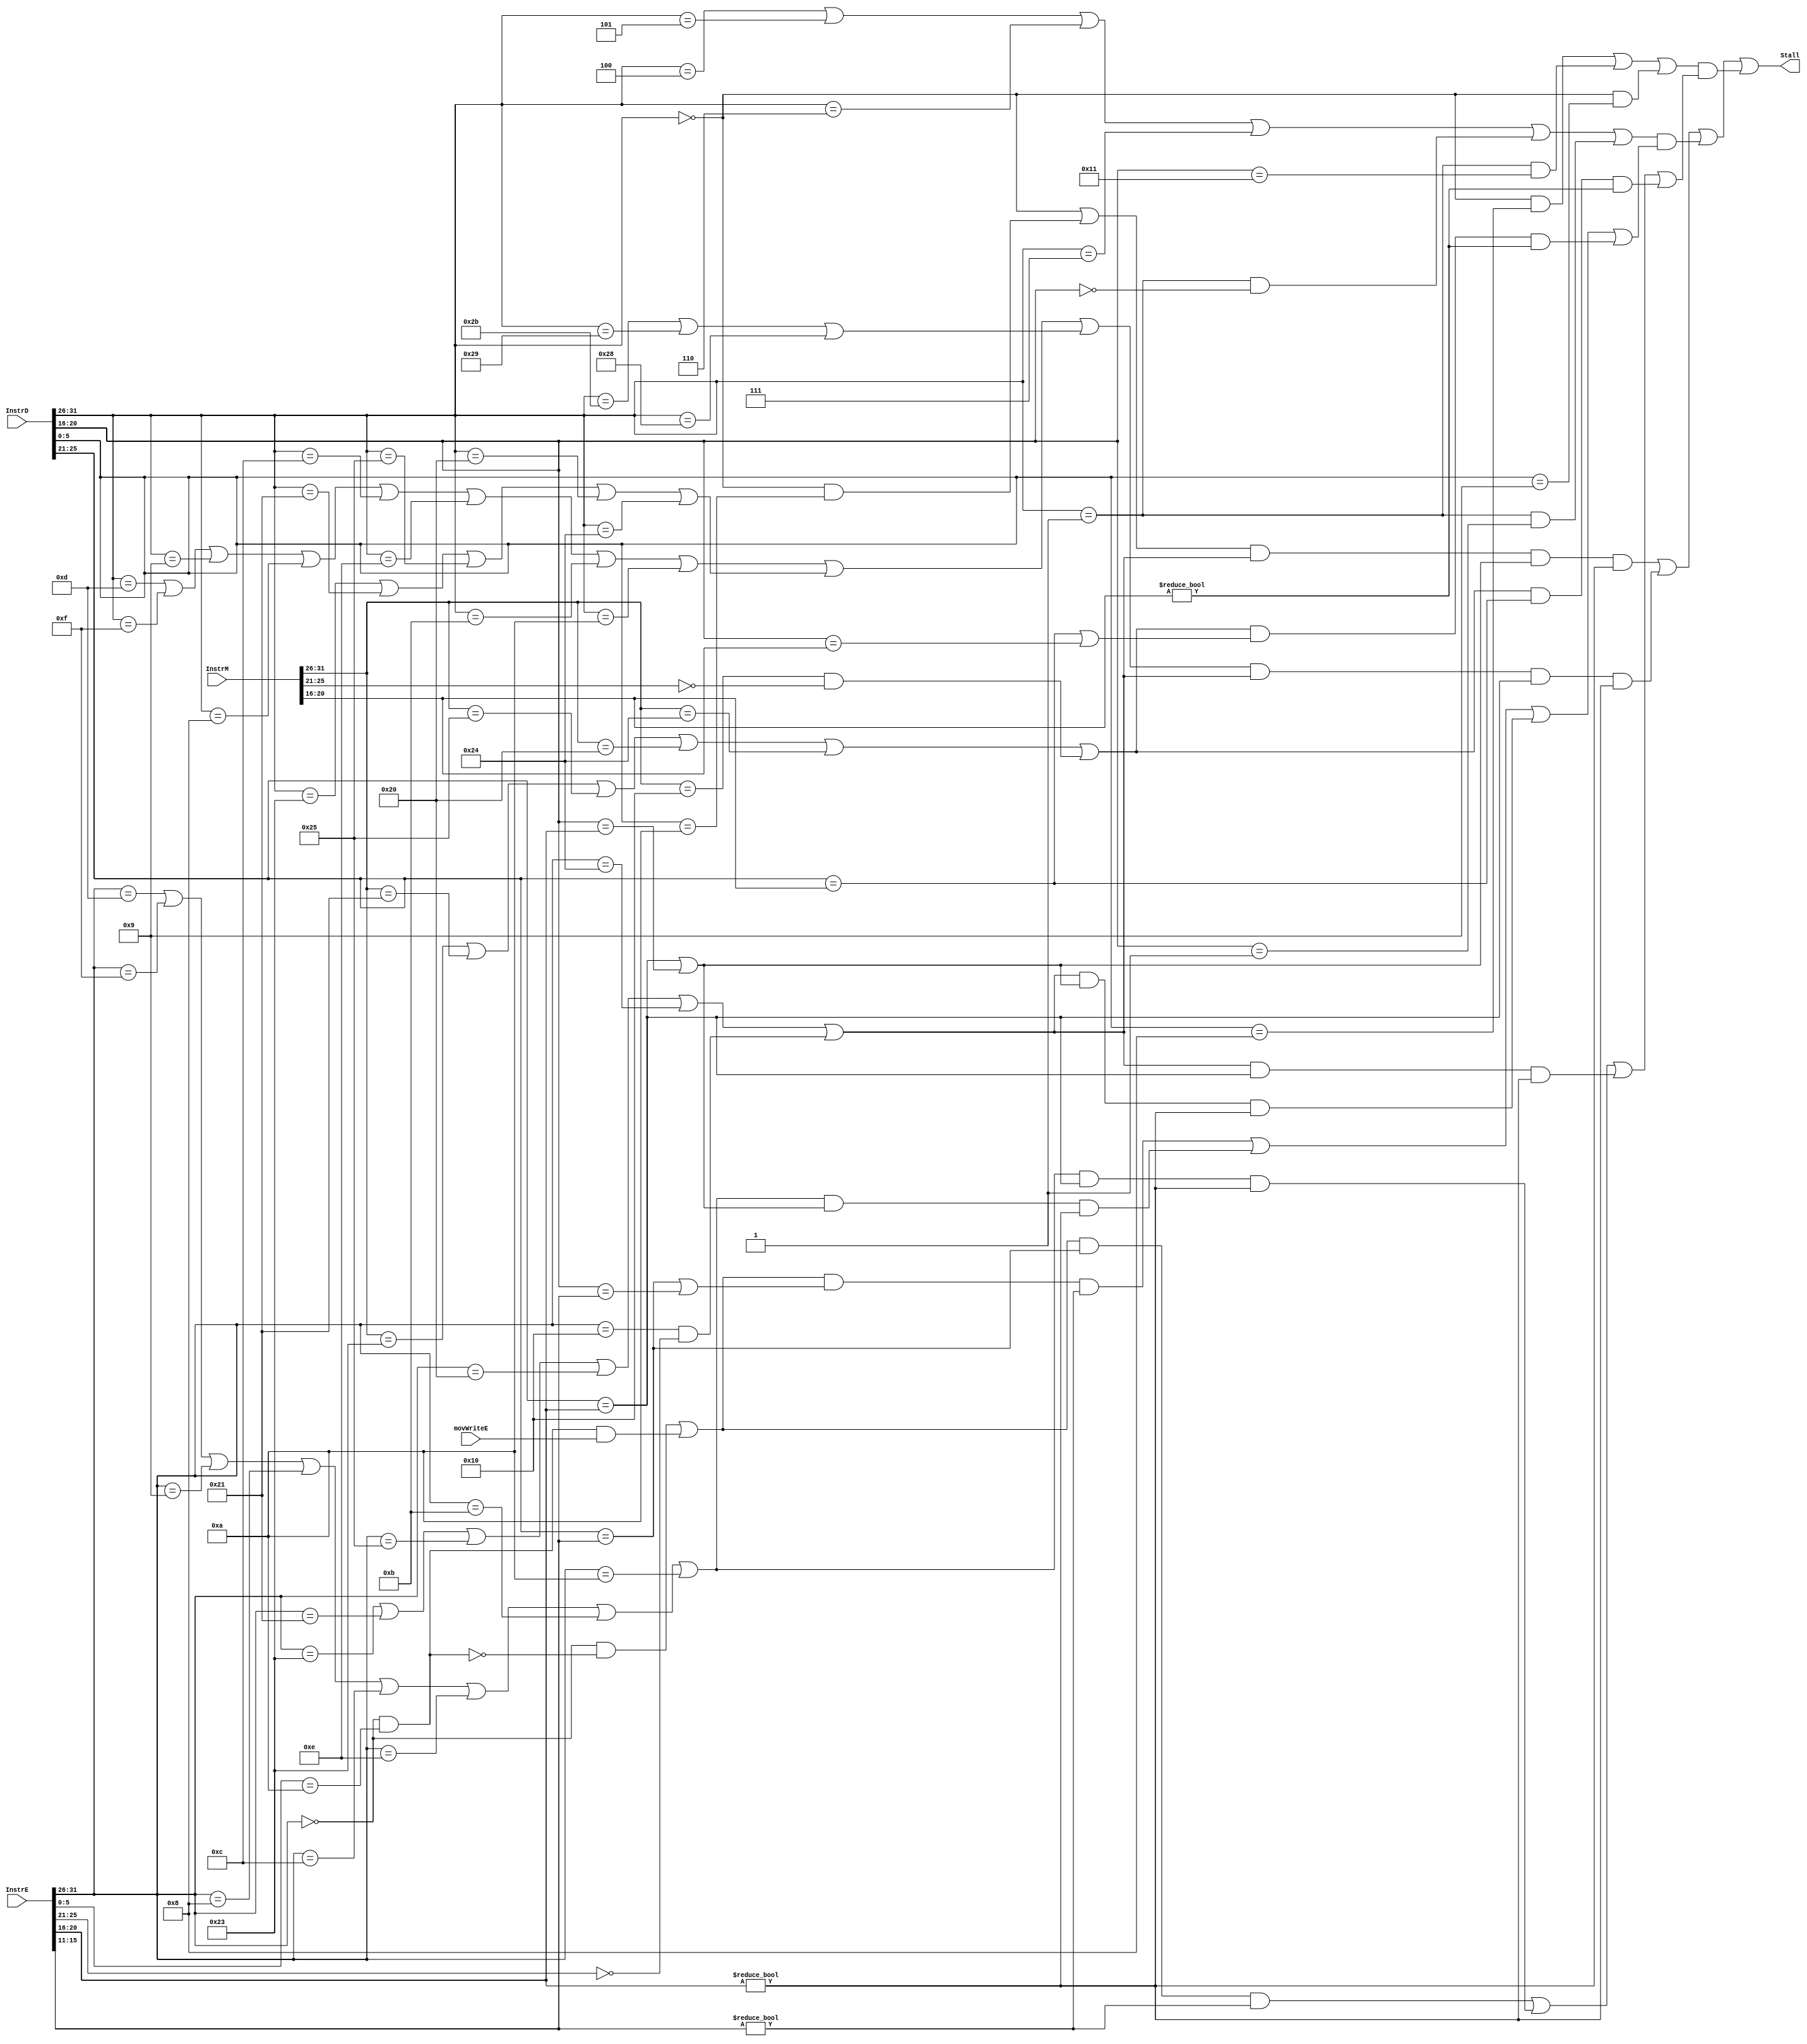
`timescale 1ns / 1ps
//////////////////////////////////////////////////////////////////////////////////
// Company: 
// Engineer: 
// 
// Design Name: 
// Module Name:    Stall 
// Project Name: 
// Target Devices: 
// Tool versions: 
// Description: 
//
// Dependencies: 
//
// Revision: 
// Revision 0.01 - File Created
// Additional Comments: 
//
//////////////////////////////////////////////////////////////////////////////////
`define op 31:26
`define rs 25:21
`define rt 20:16
`define rd 15:11
`define func 5:0
module Stall(
	 input  [31:0] InstrD,         //ID
	 input  [31:0] InstrE,         //EX
	 input  movWriteE,
	 input  [31:0] InstrM,         //MEM
	 output  Stall                 //PC,IF/ID,ID/EX
    );
	 
	 //
	 wire cal_r_D,cal_i_D,un_b_D,con_b_D,con_m_D,load_D,store_D,jalr_D,jr_D, //GRF
			cal_r_E,cal_i_E,con_m_E,load_E, //EX,MEM 
			load_M;
			
	 //
	 wire stall_rsrt1,stall_rs1,stall_rsrt0,stall_rs0;
	 
	 //,
	 wire write_rd_E,write_rt1_E,write_rt2_E,
			write_rt_M;
			
	 //IF/ID,
	 wire use_rsrt_0,use_rsrt_1,use_rs_0,use_rs_1;
			
	 //Op
	 parameter R     = 6'b000_000,       //R = 000_000
				  lui   = 6'b001_111,       //lui = 001_111
				  ori   = 6'b001_101,       //ori = 001_101
				  addi  = 6'b001_000,       //addi = 001_000
				  addiu = 6'b001_001,       //addiu = 001_001
				  beq   = 6'b000_100,       //beq = 000_100
				  bne   = 6'b000_101,       //bne = 000_101
				  lw    = 6'b100_011,       //lw = 100_011
			     sw    = 6'b101_011,       //sw = 101_011
			     j     = 6'b000_010,       //j = 000_010
			     jal   = 6'b000_011,       //jal = 000_011
				  andi  = 6'b001_100,       //andi = 001_100
				  xori  = 6'b001_110,       //xori = 001_110
				  sltiu = 6'b001_011,       //sltiu = 001_011
				  sh    = 6'b101_001,       //sh = 101_001
				  sb    = 6'b101_000,       //sb = 101_000
				  lh	  = 6'b100_001,       //lh = 100_001
				  lhu   = 6'b100_101,       //lhu = 100_101
				  lb    = 6'b100_000,       //lb = 100_000
				  lbu   = 6'b100_100,       //lbu = 100_100
				  blez  = 6'b000_110,       //blez = 000_110
				  bgtz  = 6'b000_111,       //bgtz = 000_111
				  slti  = 6'b001_010,       //slti = 001_010
				  Regimmb = 6'b000_001,
				  special2 = 6'b011_100,
				  COP0  = 6'b010_000;
				  
	 //rs
	 parameter mfc0 = 5'b00000,
				  mtc0 = 5'b00100;
	 
	 //rt
	 parameter bgezal = 5'b10001,
				  bltz   = 5'b00000,
				  bgez   = 5'b00001;
				  
	 //Func
	 parameter add   = 6'b100_000,        //add = 100_000
			     addu  = 6'b100_001,        //addu = 100_001
			     sub   = 6'b100_010,        //sub = 100_010
			     subu  = 6'b100_011,        //subu = 100_011
			     sll   = 6'b000_000,        //sll = 000_000
			     srl   = 6'b000_010,        //srl = 000_010
			     And   = 6'b100_100,        //and = 100_100
			     Or    = 6'b100_101,        //or = 100_101
			     Xor   = 6'b100_110,        //xor = 100_110
			     jr    = 6'b001_000,        //jr = 001_000
				  jalr  = 6'b001_001,        //jalr = 001_001
				  movz  = 6'b001_010,        //movz = 001_010
				  sra   = 6'b000_011,        //sra = b000_001
				  sllv  = 6'b000_100,        //sllv = b000_100
				  srav  = 6'b000_111,        //srav = b000_111
				  Nor   = 6'b100_111,        //Nor = b100_111
				  srlv  = 7'b0_000_110,      //srlv = b0_000_110
				  sltu  = 6'b101_011,        //sltu = b101_011
				  slt   = 6'b101_010,        //slt = 101_010
				  mult  = 6'b011_000,        //mult = 011_000
				  multu = 6'b011_001,        //multu = 011_001
				  div   = 6'b011_010,        //div = 011_010
				  divu  = 6'b011_011,        //divu = 011_011
				  mfhi  = 6'b010_000,        //mfhi = 010_000
				  mflo  = 6'b010_010,        //mflo = 010_010
				  mthi  = 6'b010_001,        //mthi = 010_001
				  mtlo  = 6'b010_011;        //mtlo = 010_011
				  
	 assign cal_r_D = InstrD[`op] == R,
			  cal_i_D = (InstrD[`op] == ori) ||
							(InstrD[`op] == lui) ||
							(InstrD[`op] == addiu) ||
							(InstrD[`op] == addi)  ||
							(InstrD[`op] == andi)  ||
							(InstrD[`op] == xori)  ||
							(InstrD[`op] == sltiu) ||
							(InstrD[`op] == slti),
			  un_b_D  = (InstrD[`op] == beq)  ||
							(InstrD[`op] == bne)  ||
							(InstrD[`op] == blez) ||
							(InstrD[`op] == bgtz) ||
							((InstrD[`op] == Regimmb) && InstrD[`rt] == bltz) ||
							((InstrD[`op] == Regimmb) && InstrD[`rt] == bgez),
			  con_b_D = ((InstrD[`op] == Regimmb) && (InstrD[`rt] == bgezal)),
			  con_m_D = (InstrD[`op] == R) && (InstrD[`func] == movz),
			  load_D  = (InstrD[`op] == lw)  ||
							(InstrD[`op] == lh)  ||
							(InstrD[`op] == lhu) ||
							(InstrD[`op] == lb)  ||
							(InstrD[`op] == lbu),
			  store_D = (InstrD[`op] == sw) ||
							(InstrD[`op] == sh) ||
							(InstrD[`op] == sb),
			  jalr_D  = (InstrD[`op] == R) && (InstrD[`func] == jalr),
			  jr_D    = (InstrD[`op] == R) && (InstrD[`func] == jr);
	 
	 assign cal_r_E = InstrE[`op] == R,
			  cal_i_E = (InstrE[`op] == ori) ||
							(InstrE[`op] == lui) ||
							(InstrE[`op] == addiu) ||
							(InstrE[`op] == addi)  ||
							(InstrE[`op] == andi)  ||
							(InstrE[`op] == xori)  ||
							(InstrE[`op] == sltiu) ||
							(InstrE[`op] == slti),
			  con_m_E = (InstrE[`op] == R) && (InstrE[`func] == movz),
			  load_E = (InstrE[`op] == lw)  ||
						  (InstrE[`op] == lh)  ||
						  (InstrE[`op] == lhu) ||
						  (InstrE[`op] == lb)  ||
						  (InstrE[`op] == lbu);
			  
	 assign load_M = (InstrM[`op] == lw)  ||
						  (InstrM[`op] == lh)  ||
						  (InstrM[`op] == lhu) ||
						  (InstrM[`op] == lb)  ||
						  (InstrM[`op] == lbu);
	 
	 assign write_rd_E  = (cal_r_E && (!con_m_E)) || (con_m_E && movWriteE),
			  write_rt1_E = cal_i_E,
			  write_rt2_E = load_E || ((InstrE[`op] == COP0) && (InstrE[`rs] == mfc0)),
			  
			  write_rt_M  = load_M || ((InstrM[`op] == COP0) && (InstrM[`rs] == mfc0));
			  
	 assign use_rsrt_0 = un_b_D,
			  use_rsrt_1 = cal_r_D || con_m_D,
			  use_rs_0   = jr_D || con_b_D || jalr_D,
			  use_rs_1   = cal_i_D || load_D || store_D;
	 
	 //,0
	 assign stall_rsrt1 = use_rsrt_1   && 
								 write_rt2_E  && ((InstrD[`rs] == InstrE[`rt]) || (InstrD[`rt] == InstrE[`rt])) && (InstrE[`rt] != 5'b00000),
	 
			  stall_rs1   = use_rs_1     && 
								 write_rt2_E  && (InstrD[`rs] == InstrE[`rt]) && (InstrE[`rt] != 5'b00000),
			  
			  stall_rsrt0 = use_rsrt_0  && 
								(write_rd_E  && ((InstrD[`rs] == InstrE[`rd]) || (InstrD[`rt] == InstrE[`rd])) && (InstrE[`rd] != 5'b00000) ||
								 write_rt1_E && ((InstrD[`rs] == InstrE[`rt]) || (InstrD[`rt] == InstrE[`rt])) && (InstrE[`rt] != 5'b00000) ||
								 write_rt2_E && ((InstrD[`rs] == InstrE[`rt]) || (InstrD[`rt] == InstrE[`rt])) && (InstrE[`rt] != 5'b00000) ||
								 write_rt_M  && ((InstrD[`rs] == InstrM[`rt]) || (InstrD[`rt] == InstrM[`rt])) && (InstrM[`rt] != 5'b00000)) ,
								 
			  stall_rs0   = use_rs_0    && 
								(write_rd_E  && (InstrD[`rs] == InstrE[`rd]) && (InstrE[`rd] != 5'b00000) ||
								 write_rt1_E && (InstrD[`rs] == InstrE[`rt]) && (InstrE[`rt] != 5'b00000) ||
								 write_rt2_E && (InstrD[`rs] == InstrE[`rt]) && (InstrE[`rt] != 5'b00000) ||
								 write_rt_M  && (InstrD[`rs] == InstrM[`rt]) && (InstrM[`rt] != 5'b00000)) ;
	 
    //	 
	 assign Stall = stall_rsrt1 || stall_rs1 || stall_rsrt0 || stall_rs0;

endmodule